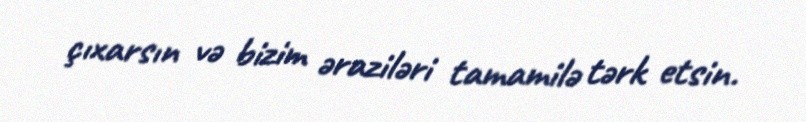
çıxarsın və bizim əraziləri tamamilə tərk etsin.